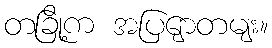
တခြို့က အပြျောတမျး။